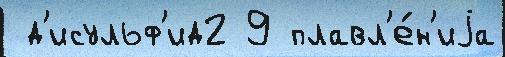
 д'исульф'ид2 9 плавл'е́н'иjа